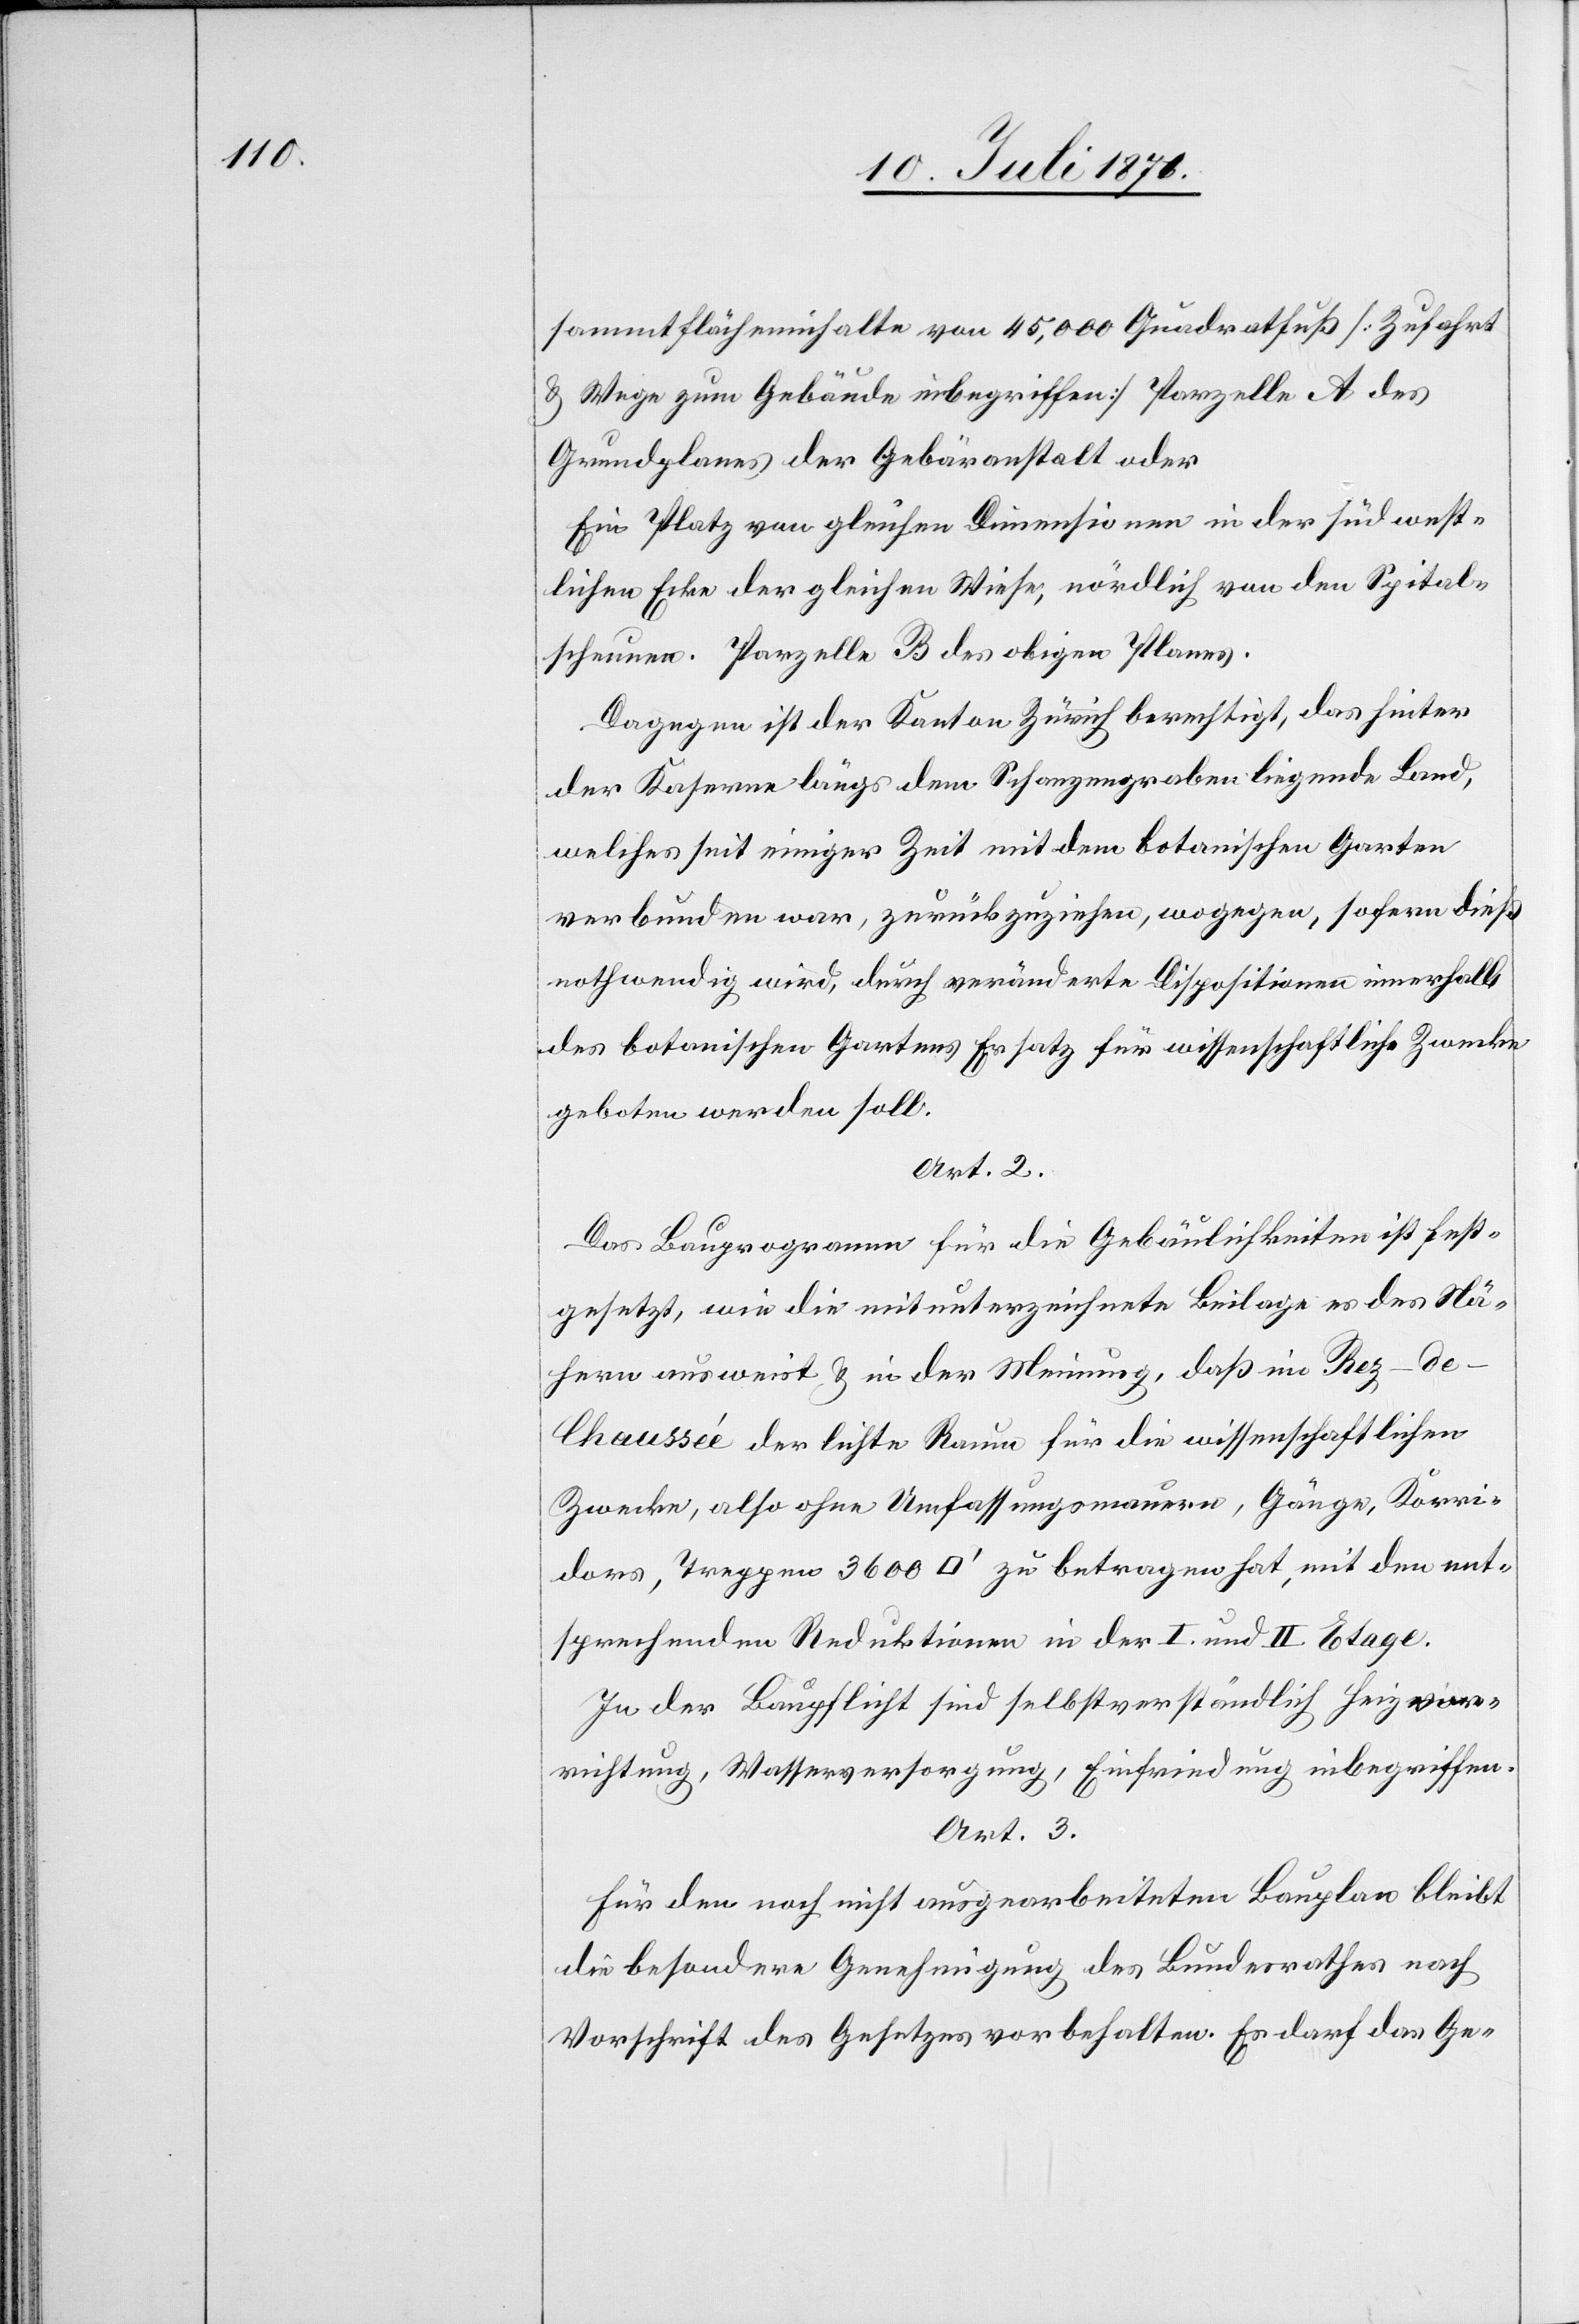
sammtflächeninhalte von 45,000 Quadratfuß [Zufahrt
u. Wege zum Gebäude inbegriffen] Parzelle A des
Grundplanes der Gebäranstalt oder
Ein Platz von gleichen Dimensionen in der südwest¬
lichen Ecke der gleichen Wiese, nördlich von den Spital¬
scheunen. Parzelle B des obigen Planes.
Dagegen ist der Kanton Zürich berechtigt, das hinter
der Kaserne längs dem Schanzengraben liegende Land,
welches seit einiger Zeit mit dem botanischen Garten
verbunden war, zurückzuziehen, wogegen, sofern dieß
nothwendig wird, durch veränderte Dispositionen innerhalb
des botanischen Gartens Ersatz für wissenschaftliche Zwecke
geboten werden soll.
Art. 2.
Das Bauprogramm für die Gebäulichkeiten ist fest¬
gesetzt, wie die mitunterzeichnete Beilage es des Nä¬
hern ausweist u. in der Meinung, daß im Rez-d¬
e-Chaussée der lichte Raum für die wissenschaftlichen
Zwecke, also ohne Umfassungsmauer, Gänge, Korri¬
dors, Treppen 3600 [Quadratfuss] zu betragen hat, mit den ent¬
sprechenden Reduktionen in der I. und II. Etage.
In der Baupflicht sind selbstverständlich Heizvor¬
richtung, Wasserversorgung, Einfriedung inbegriffen.
Art.3
Für den noch nicht ausgearbeiteten Bauplan bleibt
die besondere Genehmigung des Bundesrathes nach
Vorschrift des Gesetzes vorbehalten. Es darf das Ge-